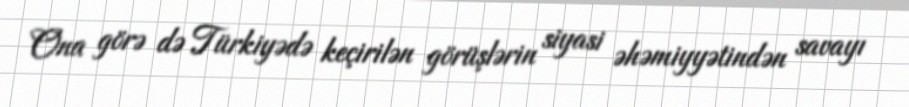
Ona görə də Türkiyədə keçirilən görüşlərin siyasi əhəmiyyətindən savayı